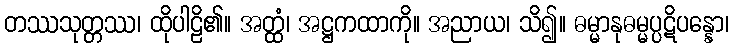
တဿသုတ္တဿ၊ ထိုပါဠိ၏။ အတ္ထံ၊ အဋ္ဌကထာကို။ အညာယ၊ သိ၍။ ဓမ္မာနုဓမ္မပ္ပဋိပန္နော၊